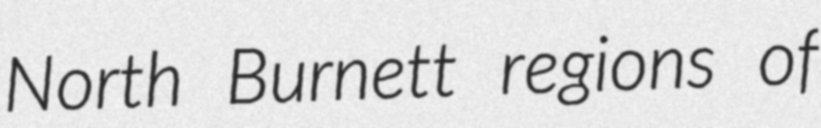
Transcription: North Burnett regions of